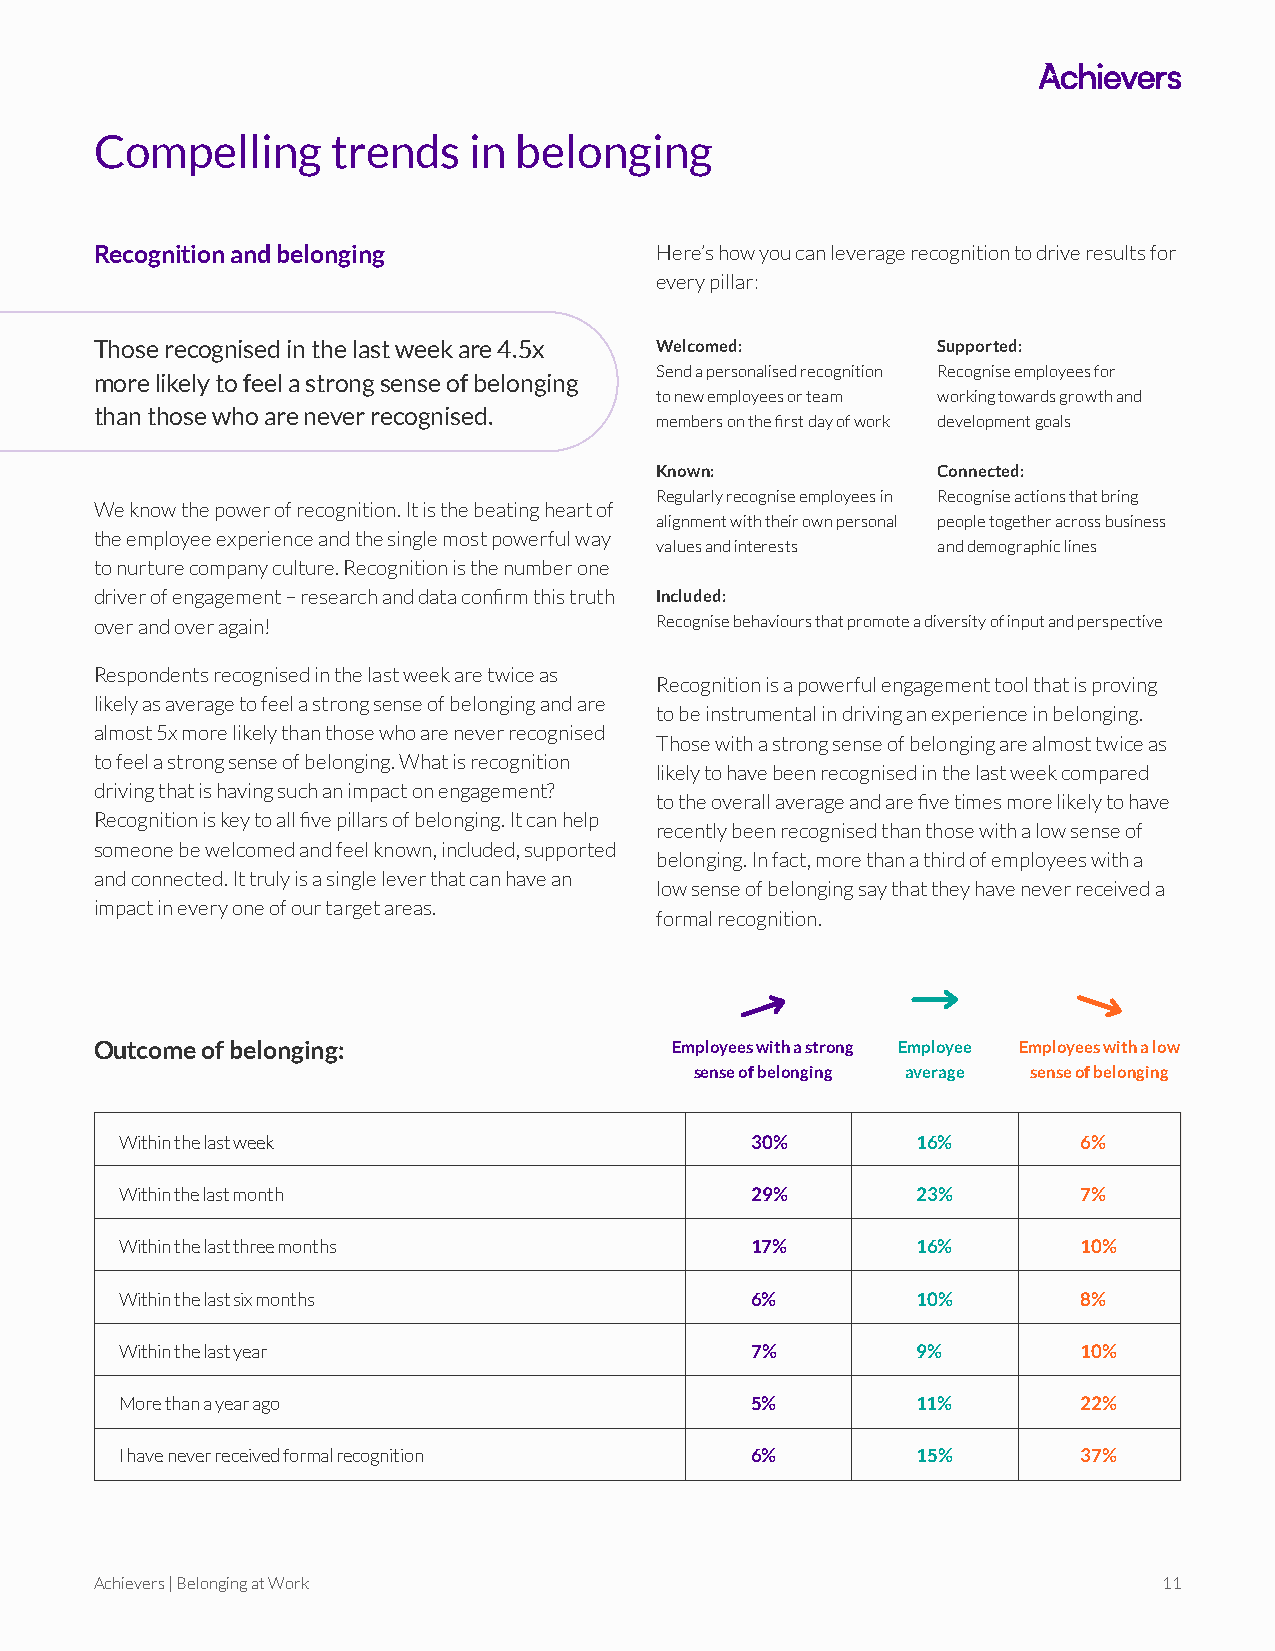
Compelling      trends   in belonging
 Recognition and belonging            Here’s how you can leverage recognition to drive results for
 every pillar:
 Those recognised in the last week are 4.5x Welcomed:    Supported:
 Send a personalised recognition Recognise employees for
 more likely to feel a strong sense of belonging
 to new employees or team working towards growth and
 than those who are never recognised.
 members on the first day of work development goals
 Known:             Connected:
 Regularly recognise employees in Recognise actions that bring
 We know the power of recognition. It is the beating heart of
 alignment with their own personal people together across business
 the employee experience and the single most powerful way
 values and interests and demographic lines
 to nurture company culture. Recognition is the number one
 driver of engagement – research and data confirm this truth Included:
 over and over again!                 Recognise behaviours that promote a diversity of input and perspective
 Respondents recognised in the last week are twice as
 Recognition is a powerful engagement tool that is proving
 likely as average to feel a strong sense of belonging and are
 to be instrumental in driving an experience in belonging.
 almost 5x more likely than those who are never recognised
 Those with a strong sense of belonging are almost twice as
 to feel a strong sense of belonging. What is recognition
 likely to have been recognised in the last week compared
 driving that is having such an impact on engagement?
 to the overall average and are five times more likely to have
 Recognition is key to all five pillars of belonging. It can help
 recently been recognised than those with a low sense of
 someone be welcomed and feel known, included, supported
 belonging. In fact, more than a third of employees with a
 and connected. It truly is a single lever that can have an
 low sense of belonging say that they have never received a
 impact in every one of our target areas.
 formal recognition.
 Outcome of belonging:                 Employees with a strong Employee Employees with a low
 sense of belonging average sense of belonging
 Within the last week                      30%        16%        6%
 Within the last month                     29%        23%        7%
 Within the last three months              17%        16%        10%
 Within the last six months                6%         10%        8%
 Within the last year                      7%         9%         10%
 More than a year ago                      5%         11%        22%
 I have never received formal recognition  6%         15%        37%
 Achievers | Belonging at Work                                          11